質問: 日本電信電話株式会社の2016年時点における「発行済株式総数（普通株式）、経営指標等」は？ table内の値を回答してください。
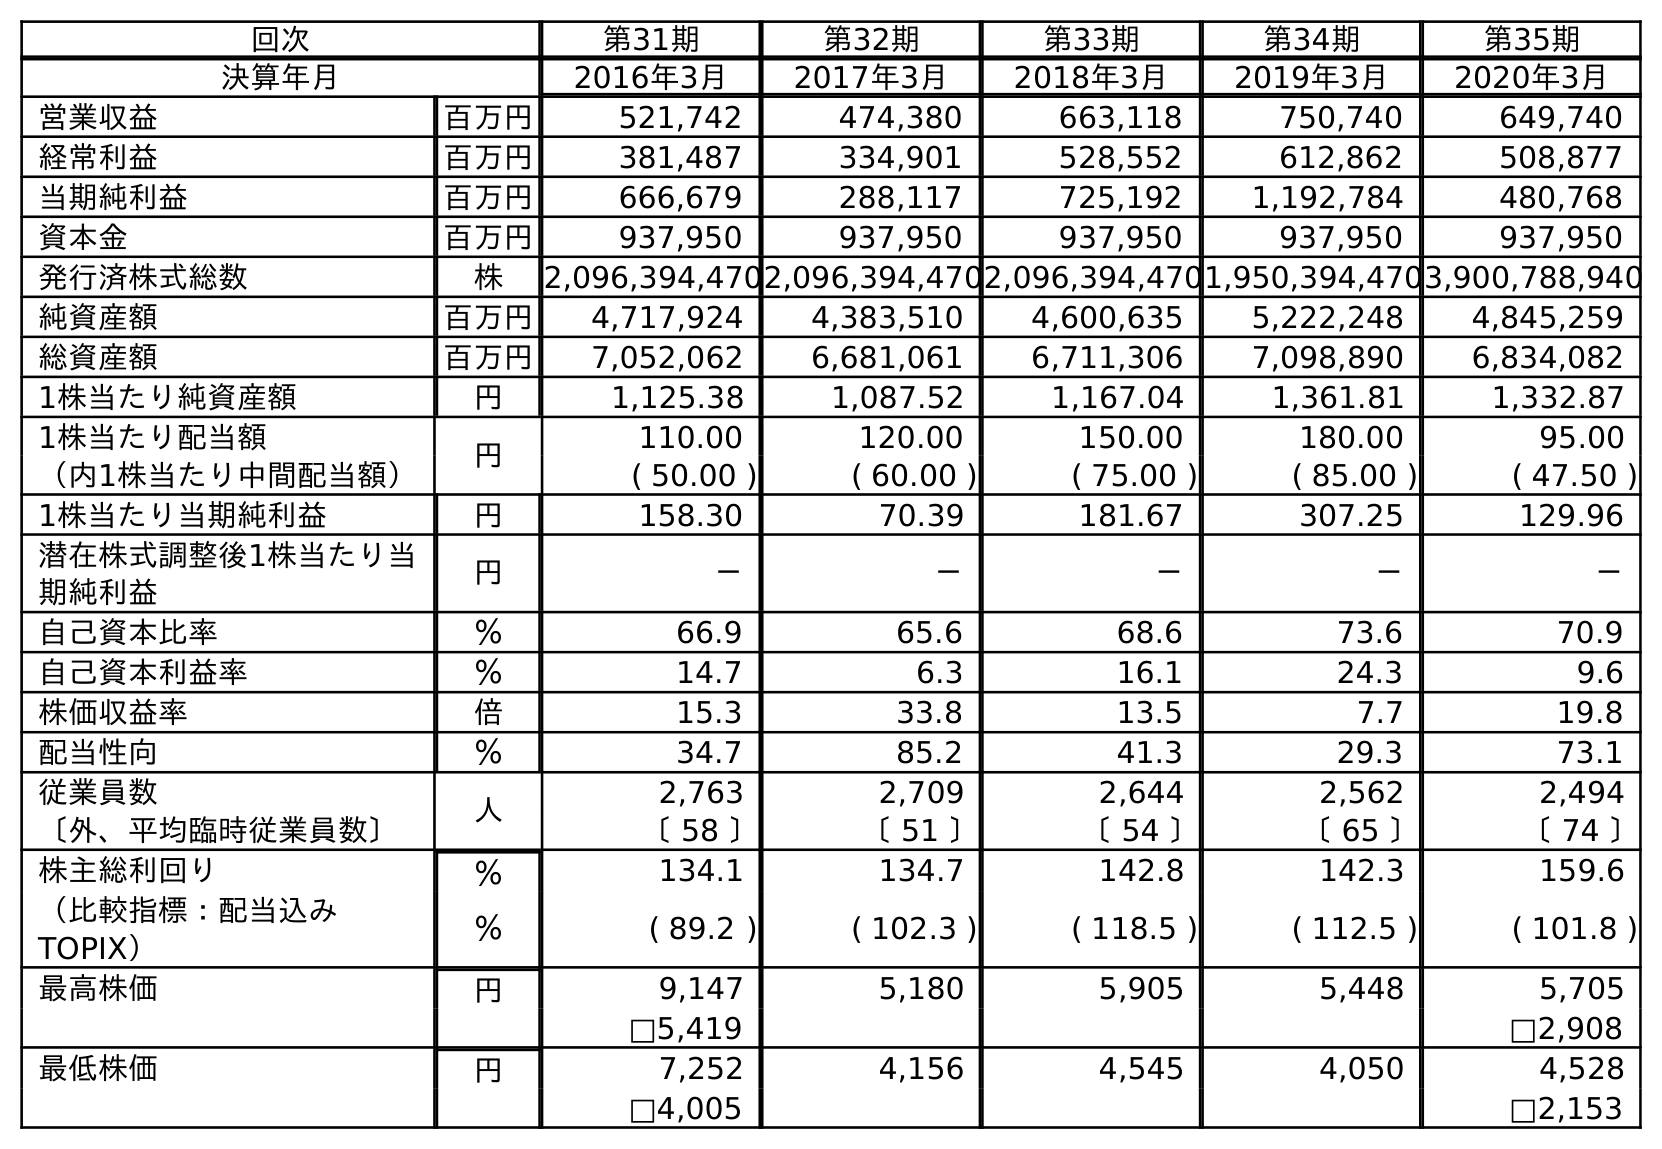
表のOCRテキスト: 回次 第31期 第32期 第33期 第34期 第35期 決算年月 2016年3月 2017年3月 2018年3月 2019年3月 2020年3月 営業収益 百万円 521,742 474,380 663,118 750,740 649,740 経常利益 百万円 381,487 334,901 528,552 612,862 508,877 当期純利益 百万円 666,679 288,117 725,192 1,192,784 480,768 資本金 百万円 937,950 937,950 937,950 937,950 937,950 発行済株式総数 株 2,096,394,4702,096,394,4702,096,394,4701,950,394,4703,900,788,940 純資産額 百万円 4,717,924 4,383,510 4,600,635 5,222,248 4,845,259 総資産額 百万円 7,052,062 6,681,061 6,711,306 7,098,890 6,834,082 1株当たり純資産額 円 1,125.38 1,087.52 1,167.04 1,361.81 1,332.87 1株当たり配当額 円 110.00 120.00 150.00 180.00 95.00 （内1株当たり中間配当額） ( 50.00 ) ( 60.00 ) ( 75.00 ) ( 85.00 ) ( 47.50 ) 1株当たり当期純利益 円 158.30 70.39 181.67 307.25 129.96 潜在株式調整後1株当たり当 期純利益 円 － － － － － 自己資本比率 ％ 66.9 65.6 68.6 73.6 70.9 自己資本利益率 ％ 14.7 6.3 16.1 24.3 9.6 株価収益率 倍 15.3 33.8 13.5 7.7 19.8 配当性向 ％ 34.7 85.2 41.3 29.3 73.1 従業員数 人 2,763 2,709 2,644 2,562 2,494 〔外、平均臨時従業員数〕 〔 58 〕 〔 51 〕 〔 54 〕 〔 65 〕 〔 74 〕 株主総利回り ％ 134.1 134.7 142.8 142.3 159.6 （比較指標：配当込み TOPIX） ％ ( 89.2 ) ( 102.3 ) ( 118.5 ) ( 112.5 ) ( 101.8 ) 最高株価 円 9,147 5,180 5,905 5,448 5,705 □5,419 □2,908 最低株価 円 7,252 4,156 4,545 4,050 4,528 □4,005 □2,153
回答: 2,096,394,470